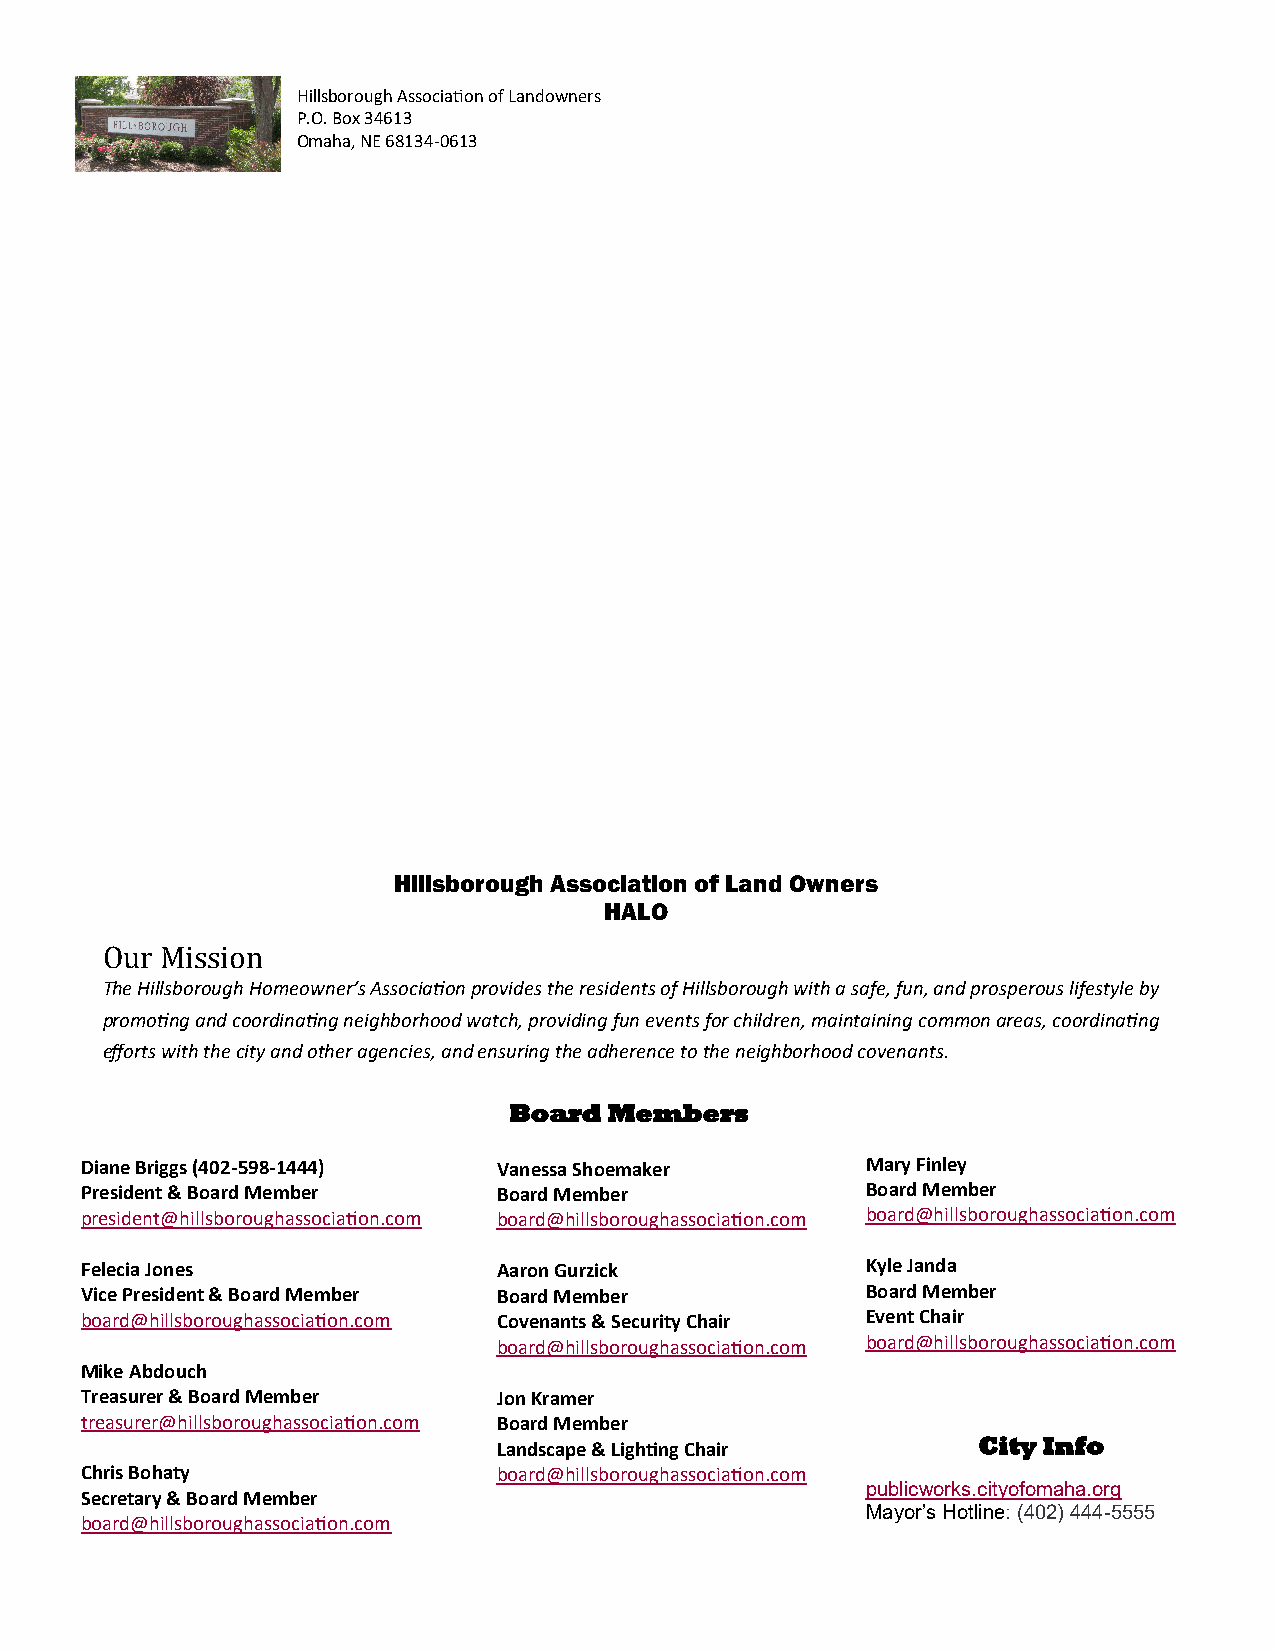
Hillsborough Association of Landowners
 P.O. Box 34613
 Omaha, NE 68134-0613
 Hillsborough Association of Land Owners
 HALO
 Our Mission
 The Hillsborough Homeowner’s Association provides the residents of Hillsborough with a safe, fun, and prosperous lifestyle by
 promoting and coordinating neighborhood watch, providing fun events for children, maintaining common areas, coordinating
 efforts with the city and other agencies, and ensuring the adherence to the neighborhood covenants.
 Board Members
 Diane Briggs (402-598-1444) Vanessa Shoemaker       Mary Finley
 President & Board Member    Board Member            Board Member
 president@hillsboroughassociation.com board@hillsboroughassociation.com board@hillsboroughassociation.com
 Felecia Jones               Aaron Gurzick           Kyle Janda
 Vice President & Board Member Board Member          Board Member
 board@hillsboroughassociation.com Covenants & Security Chair Event Chair
 board@hillsboroughassociation.com board@hillsboroughassociation.com
 Mike Abdouch
 Treasurer & Board Member    Jon Kramer
 treasurer@hillsboroughassociation.com Board Member
 Landscape & Lighting Chair      City Info
 Chris Bohaty                board@hillsboroughassociation.com
 publicworks.cityofomaha.org
 Secretary & Board Member
 Mayor’s Hotline: (402) 444-5555
 board@hillsboroughassociation.com